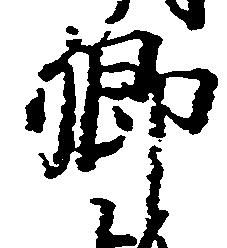
卿